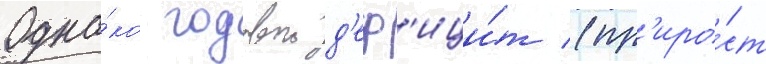
Одна́ко годовои д'еф'ици́т (пр'иро́ст